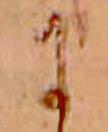
に